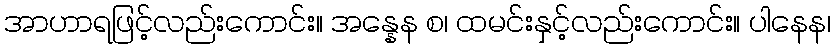
အာဟာရဖြင့်လည်းကောင်း။ အန္နေန စ၊ ထမင်းနှင့်လည်းကောင်း။ ပါနေန၊